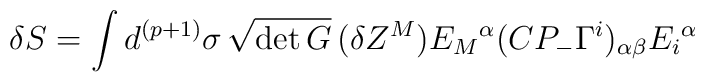
\delta S = \int d^{(p+1)} \sigma \, \sqrt{\det G} \, (\delta Z^M) E_M{}^{\alpha} (C P_- \Gamma^i)_{\alpha \beta} E_i{}^{\alpha}